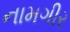
નામગીર